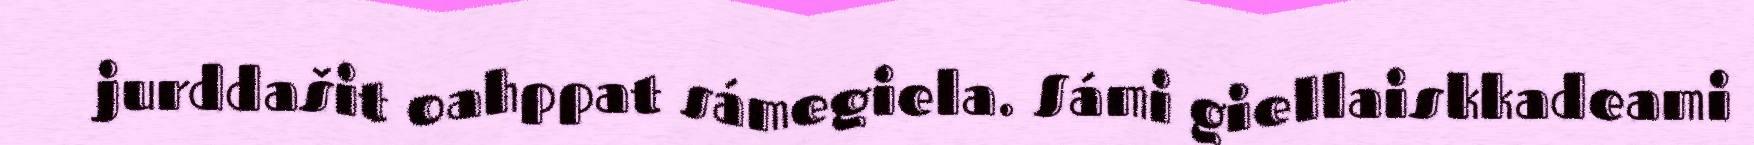
jurddašit oahppat sámegiela. Sámi giellaiskkadeami